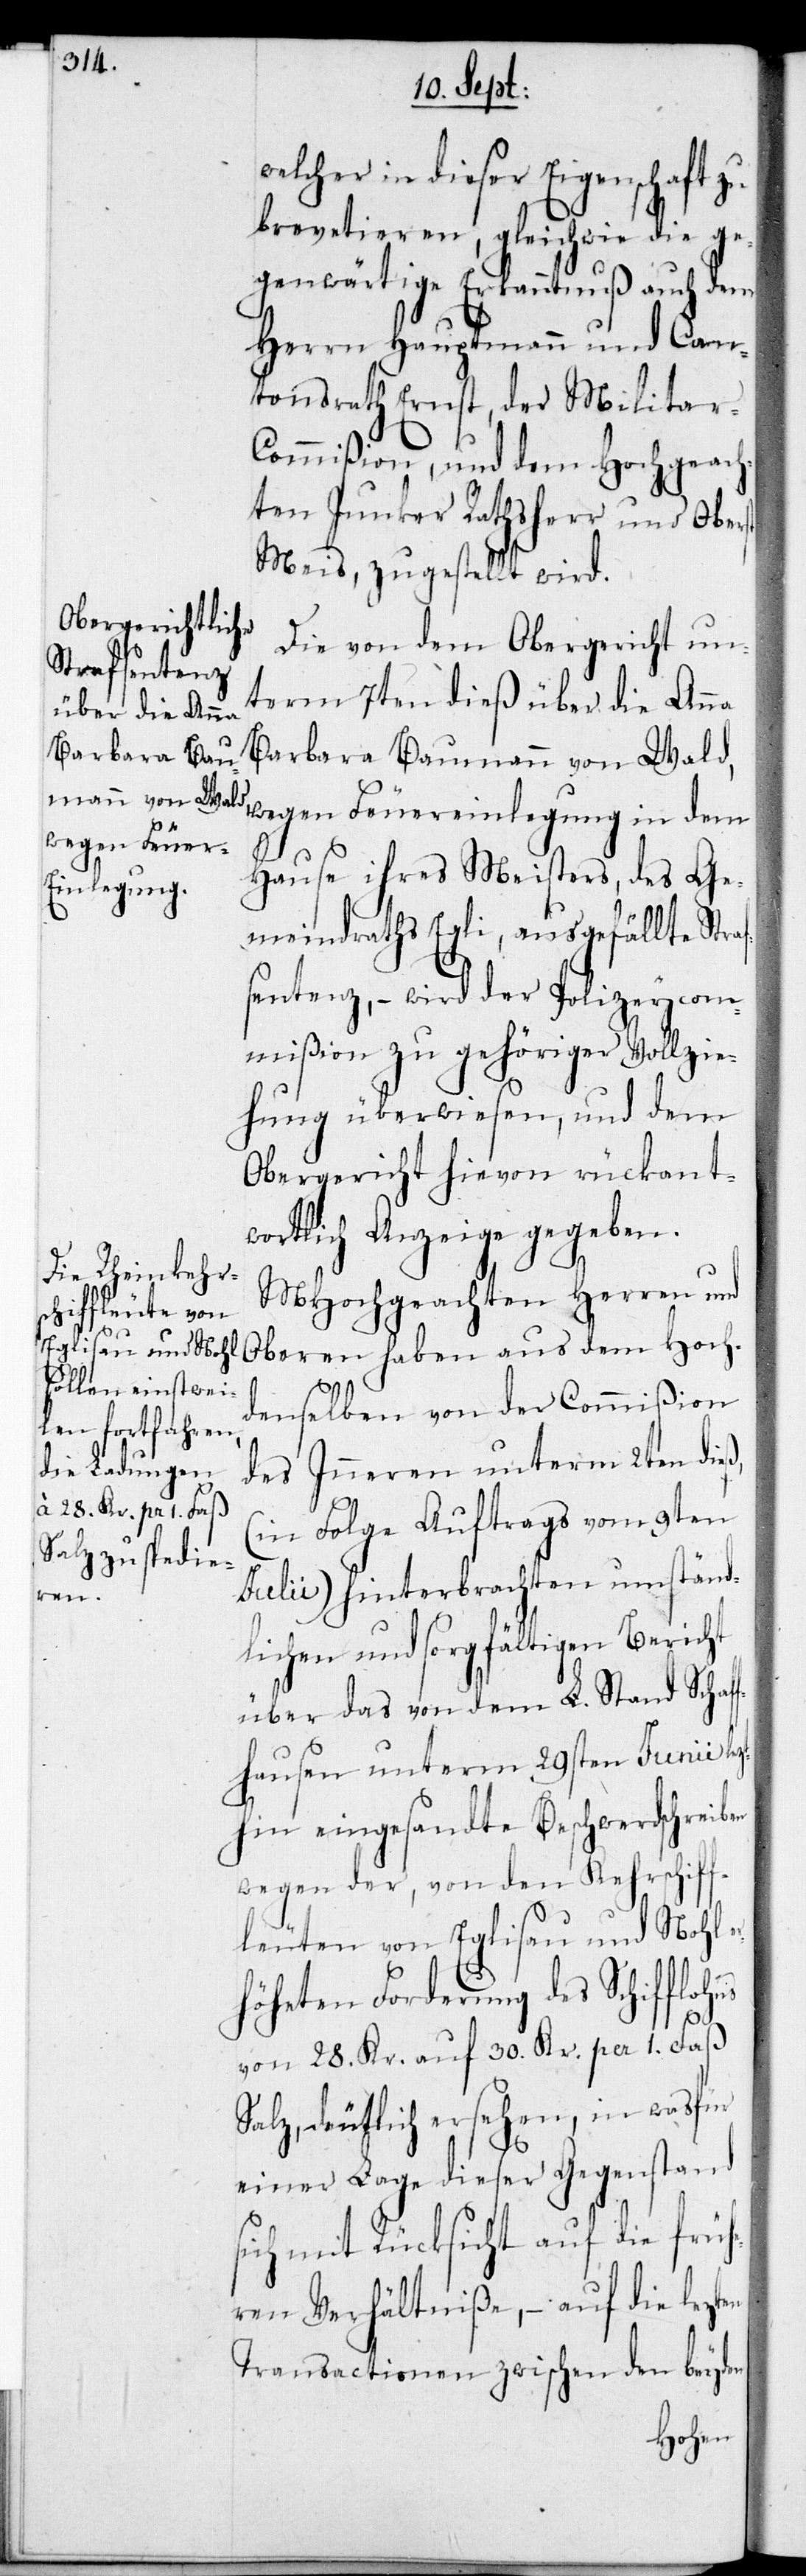
af¬

welcher in dieser Eigenschaft zu
brevetieren, gleichwie die ge¬
genwärtige Erkanntnuß auch dem
Herrn Hauptmann und Can¬
tonsrath Ernst, der Militar-C¬
ommißion, und dem Hochgeach¬
ten Junker Rathsherr und Oberst
Meis, zugestellt wird.
Die von dem Obergericht un¬
term 7ten dieß über die Anna
Barbara Baumann von Wald,
wegen Feuereinlegung in dem
Hause ihres Meisters, des Ge¬
meindrahts Egli, ausgefällte Str¬
sentenz, – wird der Polizeycom¬
mißion zu gehöriger Vollzie¬
hung überwiesen, und dem
Obergericht hievon rückant¬
wortlich Anzeige gegeben.
MHochgeachten Herren und
Oberen haben aus dem Hoch¬
denselben von der Commißion
des Inneren unterm 2ten dieß
(in Folge Auftrags vom 9ten
Julii) hinterbrachten umständ¬
lichen und sorgfältigen Bericht
über das von dem L. Stand Schaf¬
fhausen unterm 29sten Junii lez¬
thin eingesandte Beschwerdschreiben
wegen der, von den Kehrschiff¬
leuten von Eglisau und Nohl er¬
höheten Forderung des Schifflohns
von 28. Kr. auf 30. Kr. per 1. Faß
Salz, deutlich ersehen, in wasfür
einer Lage dieser Gegenstand
sich mit Rücksicht auf die früh¬
eren Verhältniße, – auf die lezten
Transactionen zwischen den beyden